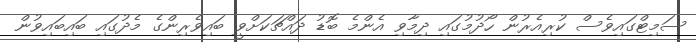
ސަމިޓްގައިވެސް ކުރިއެރުން ހޯދުމުގައި ދިމާވި އެންމެ ބޮޑު ދައްޗަކަށްވީ ބައިވެރިންގެ މެދުގައި ބައިބައިވުން